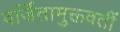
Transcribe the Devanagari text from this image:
वर्जितामुक्तवतीं